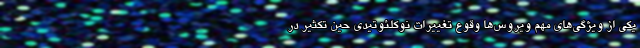
یکی از ویژگی‌های مهم ویروس‌ها وقوع تغییرات نوکلئوتیدی حین تکثیر در